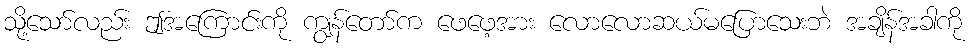
သို့သော်လည်း ဤအကြောင်းကို ကျွန်တော်က ဖေဖေ့အား လောလောဆယ်မပြောသေးဘဲ အချိန်အခါကို